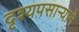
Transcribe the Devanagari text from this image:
दृश्यपसार्‍याने